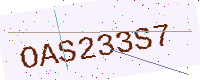
Text: OAS233S7